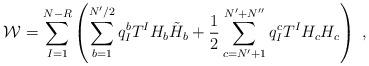
LaTeX: \begin{align*}{\cal W}= \sum_{I=1}^{N-R}\left( \sum_{b=1}^{N'/2} q_I^b T^I H_b \tilde H_b + \frac{1}{2}\sum_{c=N'+1}^{N'+N''}q_I^c T^I H_c H_c\right) \;,\end{align*}